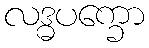
လဒ္ဓပက္ခော